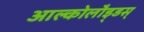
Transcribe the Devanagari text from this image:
आल्कोलौइ्डस्